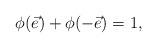
LaTeX: \begin{align*} \phi(\vec{e}) + \phi(-\vec{e})= 1, \end{align*}